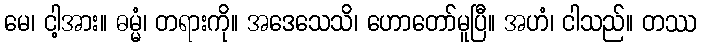
မေ၊ ငါ့အား။ ဓမ္မံ၊ တရားကို။ အဒေသေသိ၊ ဟောတော်မူပြီ။ အဟံ၊ ငါသည်။ တဿ